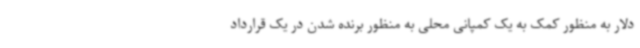
دلار به منظور کمک به یک کمپانی محلی به منظور برنده شدن در یک قرارداد